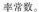
率常数。